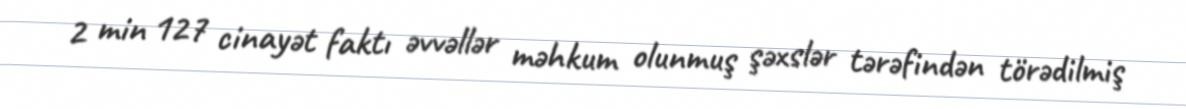
2 min 127 cinayət faktı əvvəllər məhkum olunmuş şəxslər tərəfindən törədilmiş